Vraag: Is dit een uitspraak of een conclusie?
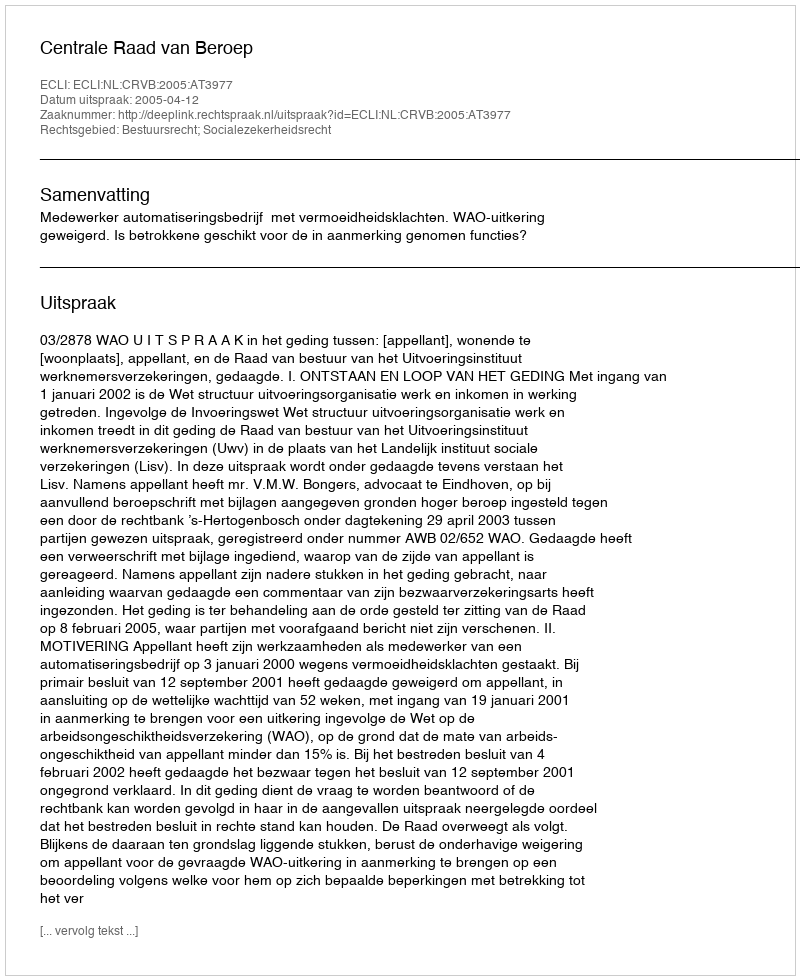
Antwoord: Uitspraak